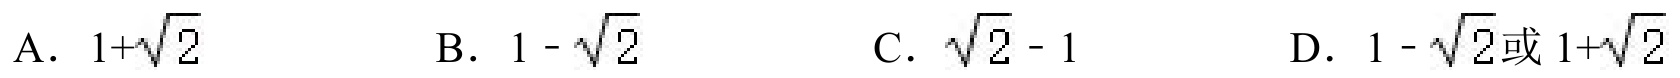
A. \(1 + \sqrt{2}\)  B. \(1 - \sqrt{2}\)  C. \(\sqrt{2}-1\)  D. \(1 - \sqrt{2}\)或\(1+\sqrt{2}\)